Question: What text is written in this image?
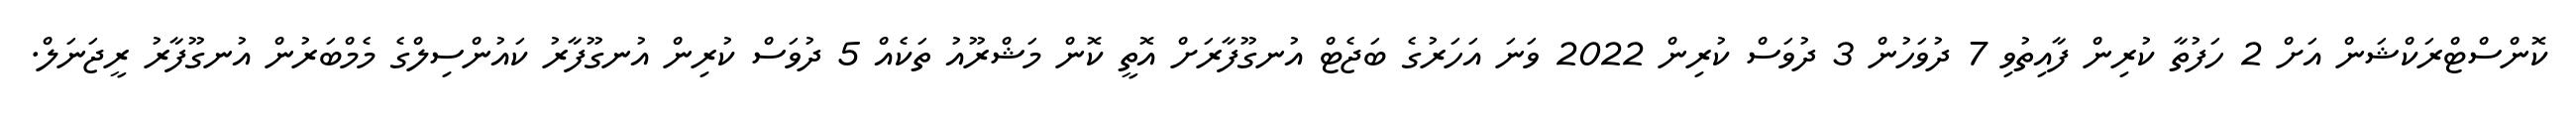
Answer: ކޮންސްޓްރަކްޝަން އަށް 2 ހަފުތާ ކުރިން ފާއިތުވި 7 ދުވަހުން 3 ދުވަސް ކުރިން 2022 ވަނަ އަހަރުގެ ބަޖެޓް އުނގޫފާރަށް އޮތީ ކޮން މަޝްރޫއު ތަކެއް 5 ދުވަސް ކުރިން އުނގޫފާރު ކައުންސިލްގެ މެމްބަރުން އުނގޫފާރު ރީޖަނަލް.